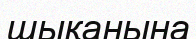
шықанына